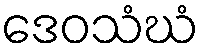
ဒေဝသံဃံ